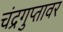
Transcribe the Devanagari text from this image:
चंद्रगुप्तावर